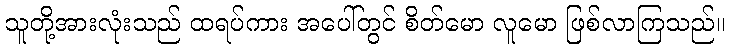
သူတို့အားလုံးသည် ထရပ်ကား အပေါ်တွင် စိတ်မော လူမော ဖြစ်လာကြသည်။